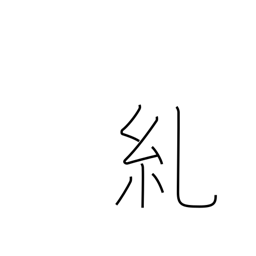
Meaning: twist (rope)